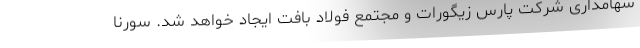
سهامداری شرکت پارس زیگورات و مجتمع فولاد بافت ایجاد خواهد شد. سورنا